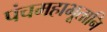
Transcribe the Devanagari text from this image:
पंचमहाभूतानि